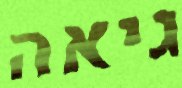
גיאה